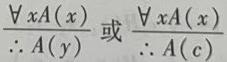
$\frac{\forall x A(x)}{\therefore A(y)} \text{ 或 } \frac{\forall x A(x)}{\therefore A(c)}$